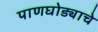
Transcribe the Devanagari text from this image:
पाणघोड्याचे